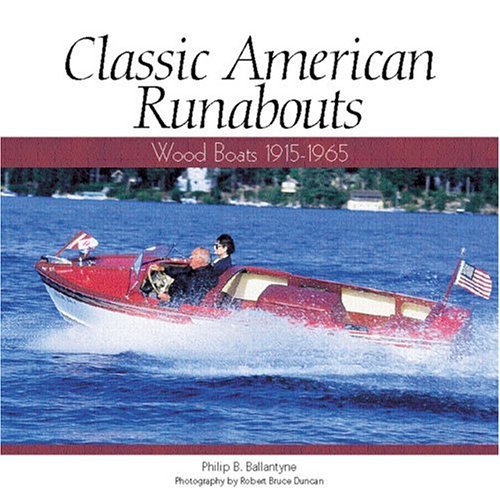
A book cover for Classic American Runabouts: Wood Boats, 1915-1965 (Motorbooks Classic); Phillip Ballantyne; Arts & Photography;